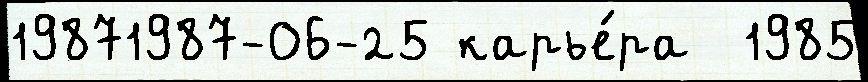
19871987-06-25 карье́ра  1985